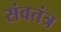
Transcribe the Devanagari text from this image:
संवतंत्र